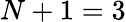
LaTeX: N+1=3